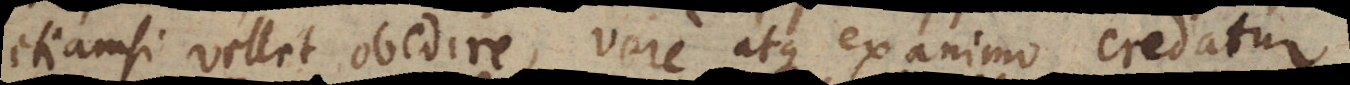
etiamsi vellet obedire, vere atque ex animo credatur.